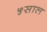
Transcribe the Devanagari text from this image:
५साल